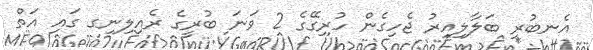
އެނބުރި ބަލާލިއިރު ޖެހިގެން ހުރިގޭގެ 2 ވަނަ ބުރީގެ ރެއިލިނިގ ގައި އަތް